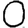
Digit: 0